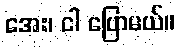
အေး၊ ငါ ပြောမယ်။